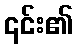
၎င်း၏